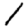
Digit: 1